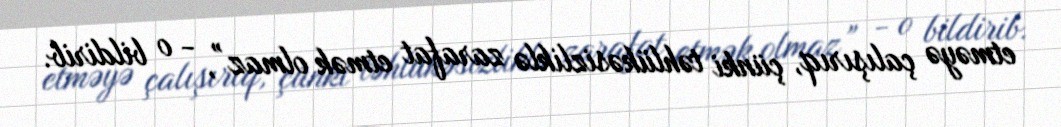
etməyə çalışırıq, çünki təhlükəsizliklə zarafat etmək olmaz”, - o bildirib.